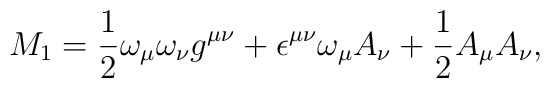
M_1=\frac{1}{2}\omega _\mu \omega _\nu g^{\mu \nu }+\epsilon ^{\mu \nu}\omega _\mu A_\nu +\frac{1}{2}A_\mu A_\nu ,